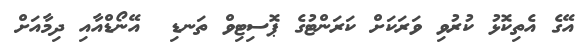
އޭގެ އެތިކޮޅު ކުރުވި ވަރަކަށް ކަރަންޓުގެ ޕޮސިޓިވް ތަނޑި  އޭނޯޑްއާއި ދިމާއަށް